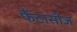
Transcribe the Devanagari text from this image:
फैंटासीज